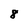
Character: 8